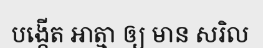
បង្កើត អាត្មា ឲ្យ មាន សរិល